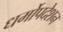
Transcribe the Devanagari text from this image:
धर्मोपदेशन